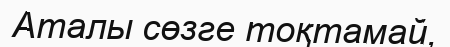
Аталы сөзге тоқтамай,